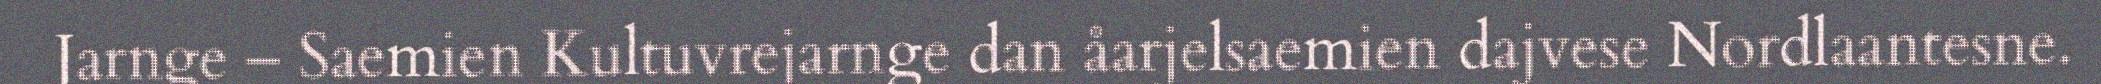
Jarnge – Saemien Kultuvrejarnge dan åarjelsaemien dajvese Nordlaantesne.